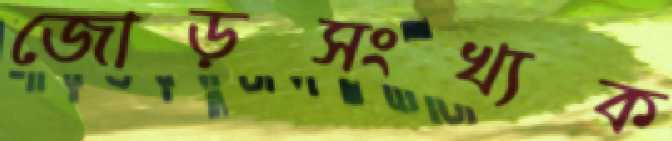
জোড়সংখ্যক